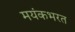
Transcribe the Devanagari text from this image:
मयंकभरत